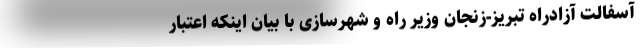
آسفالت آزادراه تبریز-زنجان وزیر راه و شهرسازی با بیان اینکه اعتبار